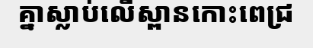
គ្នាស្លាប់លើស្ពានកោះពេជ្រ